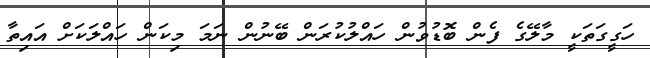
ހަގީގަތަކީ މާލޭގެ ފެން ބޮޑުވުން ހައްލުކުރަން ބޭނުން ނަމަ މިކަން ހައްލަކަށް އައިތާ